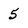
Character: 5